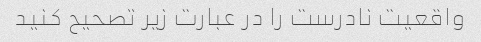
واقعیت نادرست را در عبارت زیر تصحیح کنید